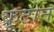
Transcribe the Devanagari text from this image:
क्रूटोन